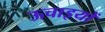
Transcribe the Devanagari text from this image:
ऊचाइयों